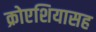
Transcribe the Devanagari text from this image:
क्रोएशियासह